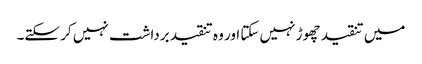
میں تنقید چھوڑ نہیں سکتا اور وہ تنقید برداشت نہیں کر سکتے۔